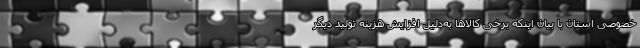
خصوصی استان با بیان اینکه برخی کالاها به‌دلیل افزایش هزینه تولید دیگر